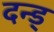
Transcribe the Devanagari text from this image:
दन्ड्